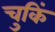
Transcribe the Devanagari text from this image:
चुकिं